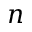
n